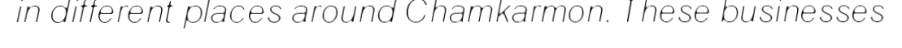
in different places around Chamkarmon. These businesses